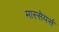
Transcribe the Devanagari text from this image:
मास्सेयर्स